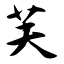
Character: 芙